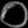
Digit: ၀